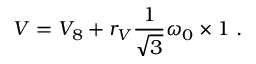
V = V _ { 8 } + r _ { V } \frac { 1 } { \sqrt { 3 } } \omega _ { 0 } \times 1 ~ .